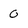
Character: 0